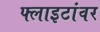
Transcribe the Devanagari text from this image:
फ्लाइटांवर